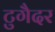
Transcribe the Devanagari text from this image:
टुगैदर